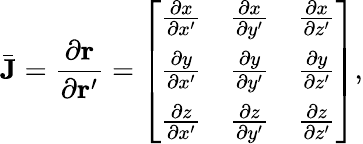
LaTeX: \bar{\mathbf{J}}=\frac{\partial{\mathbf r}}{\partial{\mathbf r}^{\prime}}=\left[\begin{array}{lll}{\frac{\partial x}{\partial x^{\prime}}}&{\frac{\partial x}{\partial y^{\prime}}}&{\frac{\partial x}{\partial z^{\prime}}}\\ {\frac{\partial y}{\partial x^{\prime}}}&{\frac{\partial y}{\partial y^{\prime}}}&{\frac{\partial y}{\partial z^{\prime}}}\\ {\frac{\partial z}{\partial x^{\prime}}}&{\frac{\partial z}{\partial y^{\prime}}}&{\frac{\partial z}{\partial z^{\prime}}}\end{array}\right],